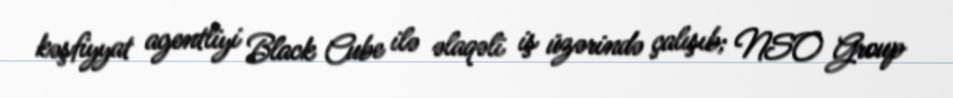
kəşfiyyat agentliyi Black Cube ilə əlaqəli iş üzərində çalışıb; NSO Group